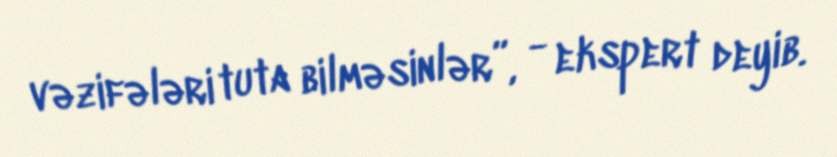
vəzifələri tuta bilməsinlər”, - ekspert deyib.